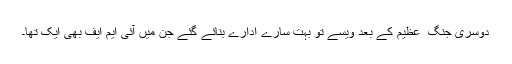
دوسری جنگ ِ عظیم کے بعد ویسے تو بہت سارے ادارے بنائے گئے جن میں آئی ایم ایف بھی ایک تھا۔